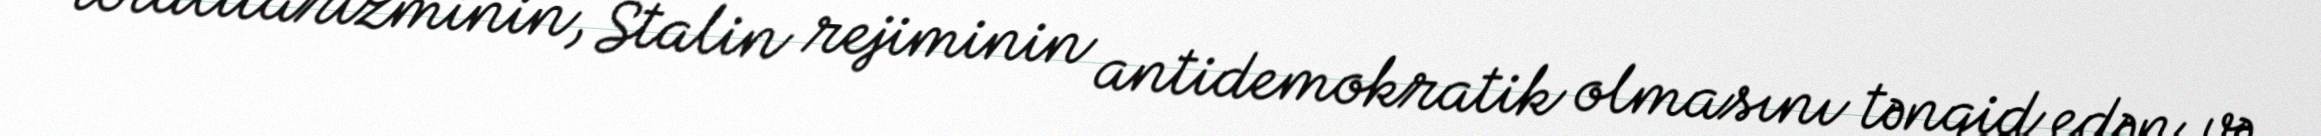
totalitarizminin, Stalin rejiminin antidemokratik olmasını tənqid edən və